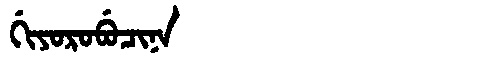
Manchu: ᡤᡳᠶᠣᡵᠣᠪᡠᠴᡳᠨᠠ
Romanization: GIYOROBUCINA